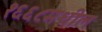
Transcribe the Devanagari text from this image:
१६६८मधील